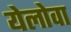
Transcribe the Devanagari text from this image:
येलोवा